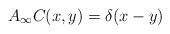
LaTeX: \begin{align*}A_\infty C(x,y) = \delta(x-y)\end{align*}